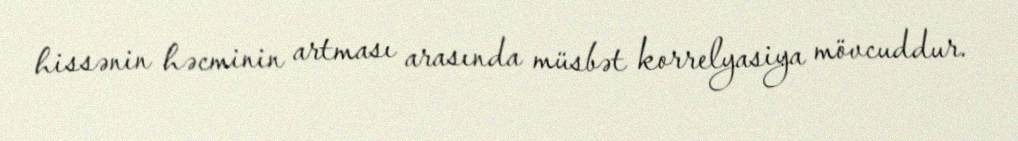
hissənin həcminin artması arasında müsbət korrelyasiya mövcuddur.